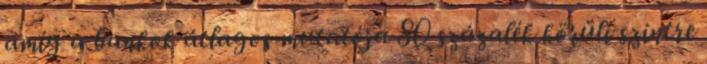
amíg a bankok átlagos mutatója 80 százalék körüli szintre